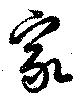
家